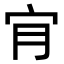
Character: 𡧓